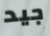
جيد